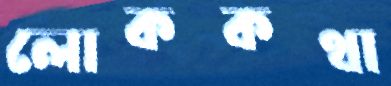
লোককথা